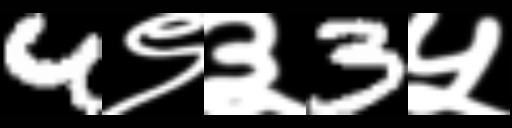
Text: 4९३3५